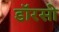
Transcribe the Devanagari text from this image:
डॉरसो